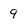
Character: 9